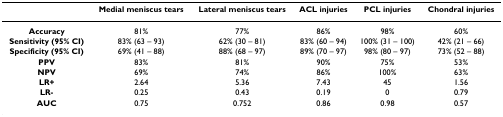
<table><thead><tr><td></td><td><b>Medial meniscus tears</b></td><td><b>Lateral meniscus tears</b></td><td><b>ACL injuries</b></td><td><b>PCL injuries</b></td><td><b>Chondral injuries</b></td></tr></thead><tbody><tr><td><b>Accuracy</b></td><td>81%</td><td>77%</td><td>86%</td><td>98%</td><td>60%</td></tr><tr><td><b>Sensitivity (95% CI) </b></td><td>83% (63 – 93)</td><td>62% (30 – 81)</td><td>83% (60 – 94)</td><td>100% (31 – 100)</td><td>42% (21 – 66)</td></tr><tr><td><b>Specificity (95% CI)</b></td><td>69% (41 – 88)</td><td>88% (68 – 97)</td><td>89% (70 – 97)</td><td>98% (80 – 97)</td><td>73% (52 – 88)</td></tr><tr><td><b>PPV</b></td><td>83%</td><td>81%</td><td>90%</td><td>75%</td><td>53%</td></tr><tr><td><b>NPV</b></td><td>69%</td><td>74%</td><td>86%</td><td>100%</td><td>63%</td></tr><tr><td><b>LR+</b></td><td>2.64</td><td>5.36</td><td>7.43</td><td>45</td><td>1.56</td></tr><tr><td><b>LR-</b></td><td>0.25</td><td>0.43</td><td>0.19</td><td>0</td><td>0.79</td></tr><tr><td><b>AUC</b></td><td>0.75</td><td>0.752</td><td>0.86</td><td>0.98</td><td>0.57</td></tr></tbody></table>